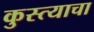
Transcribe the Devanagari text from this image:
कुस्त्याचा